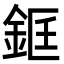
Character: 𨦑